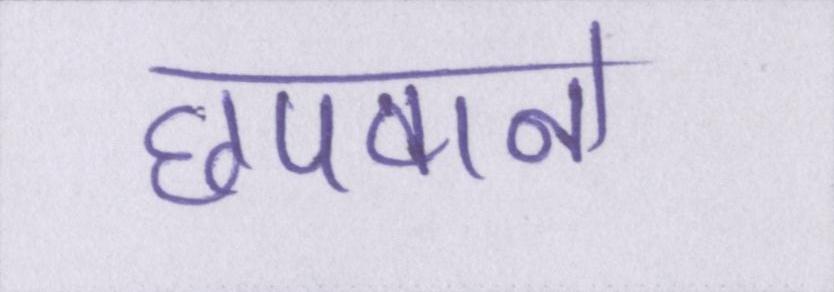
छपवाने